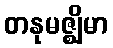
တနုမဇ္ဈိမာ